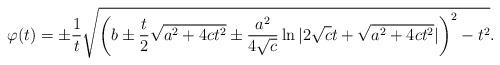
LaTeX: \begin{align*} \varphi(t) = \pm \frac{1}{t} \sqrt{ \left(b \pm \frac{t}{2} \sqrt{a^2 +4ct^2} \pm \frac{a^2}{4 \sqrt{c}} \ln | 2\sqrt{c} t + \sqrt{a^2 +4ct^2}| \right)^2 - t^2}.\end{align*}